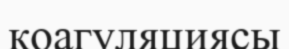
коагуляциясы